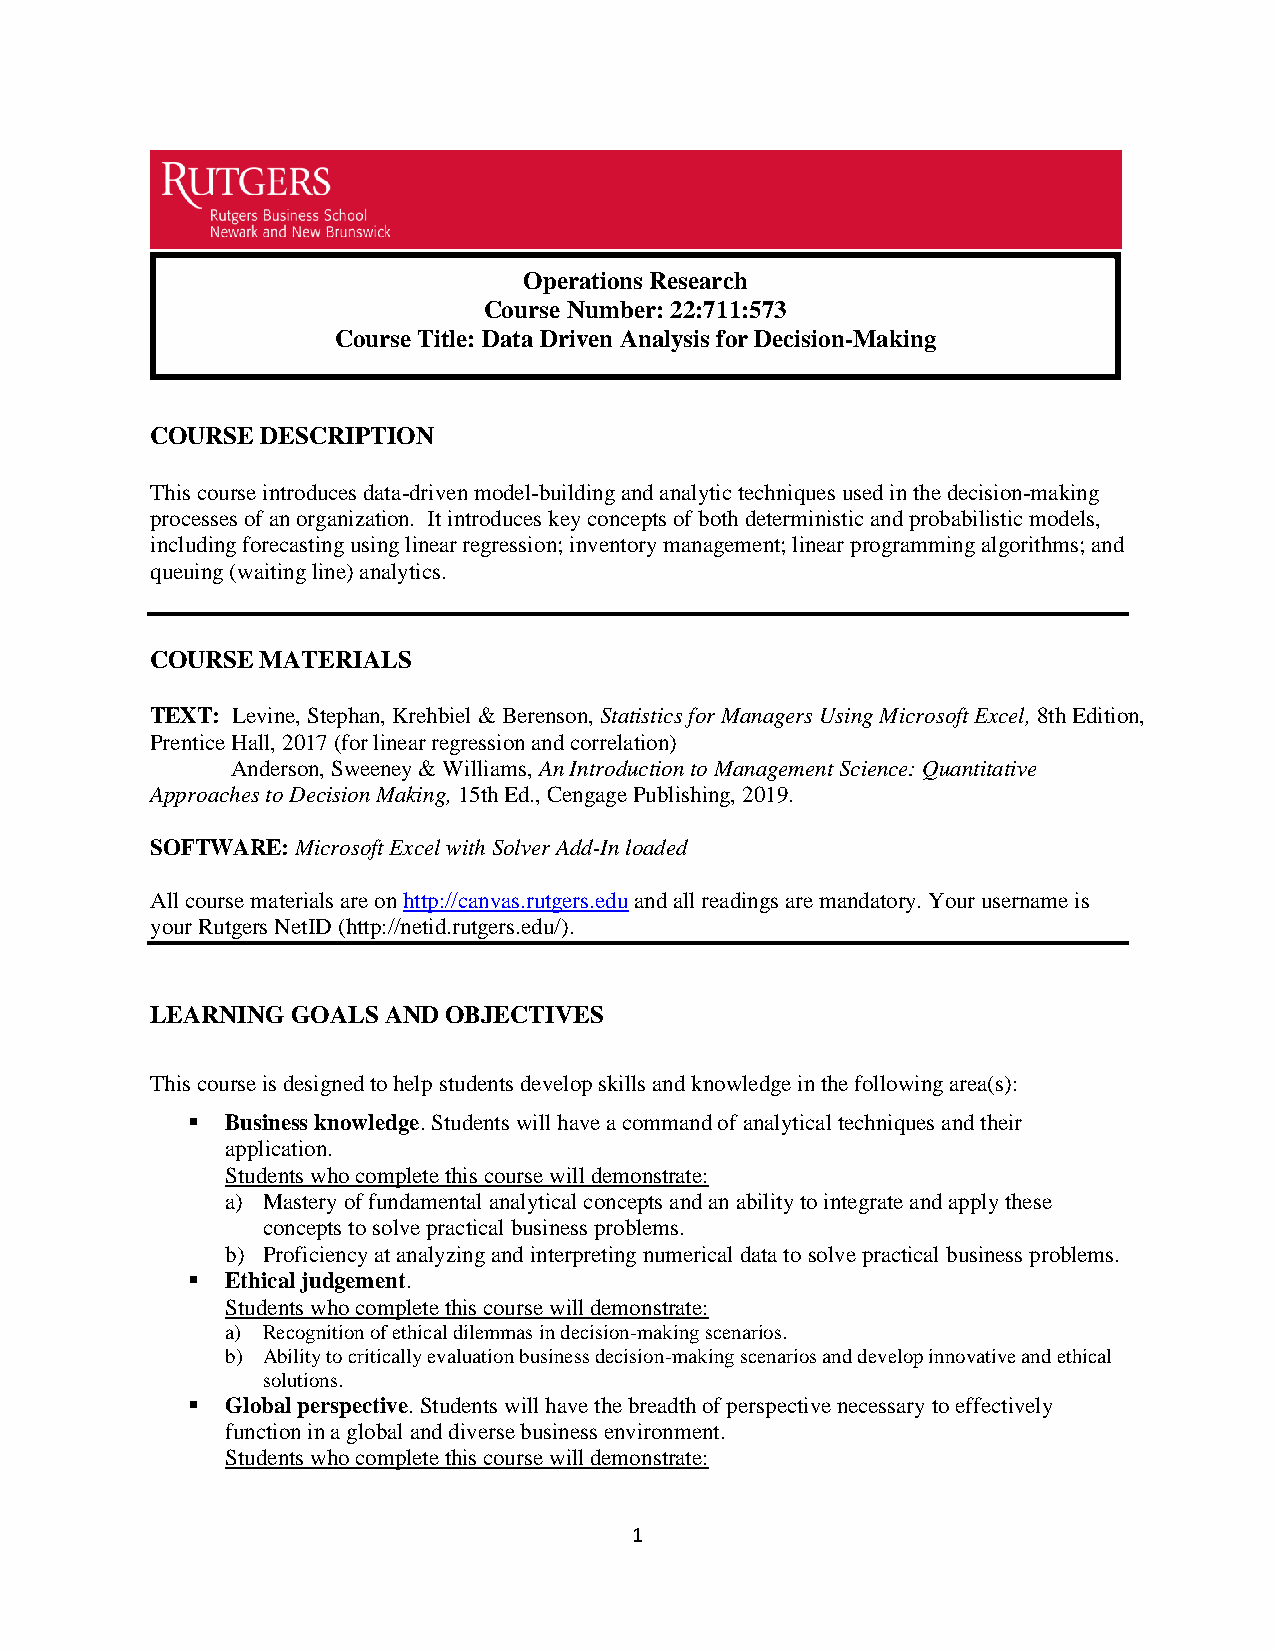
Operations Research
 Course Number: 22:711:573
 Course Title: Data Driven Analysis for Decision-Making
 COURSE DESCRIPTION
 This course introduces data-driven model-building and analytic techniques used in the decision-making
 processes of an organization. It introduces key concepts of both deterministic and probabilistic models,
 including forecasting using linear regression; inventory management; linear programming algorithms; and
 queuing (waiting line) analytics.
 COURSE MATERIALS
 TEXT: Levine, Stephan, Krehbiel & Berenson, Statistics for Managers Using Microsoft Excel, 8th Edition,
 Prentice Hall, 2017 (for linear regression and correlation)
 Anderson, Sweeney & Williams, An Introduction to Management Science: Quantitative
 Approaches to Decision Making, 15th Ed., Cengage Publishing, 2019.
 SOFTWARE: Microsoft Excel with Solver Add-In loaded
 All course materials are on http://canvas.rutgers.edu and all readings are mandatory. Your username is
 your Rutgers NetID (http://netid.rutgers.edu/).
 LEARNING GOALS AND OBJECTIVES
 This course is designed to help students develop skills and knowledge in the following area(s):
 ▪  Business knowledge. Students will have a command of analytical techniques and their
 application.
 Students who complete this course will demonstrate:
 a) Mastery of fundamental analytical concepts and an ability to integrate and apply these
 concepts to solve practical business problems.
 b) Proficiency at analyzing and interpreting numerical data to solve practical business problems.
 ▪  Ethical judgement.
 Students who complete this course will demonstrate:
 a) Recognition of ethical dilemmas in decision-making scenarios.
 b) Ability to critically evaluation business decision-making scenarios and develop innovative and ethical
 solutions.
 ▪  Global perspective. Students will have the breadth of perspective necessary to effectively
 function in a global and diverse business environment.
 Students who complete this course will demonstrate:
 1